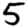
Digit: 5